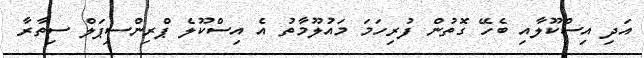
އަދި އިސްކޫލާއި ބެހޭ ގޮތުން ފުރިހަމަ މައުލޫމާތު އެ އިސްކޫލެ ޕްރިންސިޕަލް ސިތާރާ